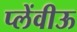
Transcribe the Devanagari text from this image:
प्लेंवीऊ